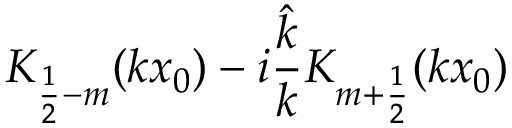
K _ { \frac 1 2 - m } ( k x _ { 0 } ) - i \frac { \hat { k } } { k } K _ { m + \frac 1 2 } ( k x _ { 0 } )